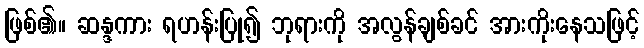
ဖြစ်၏။ ဆန္ဒကား ရဟန်းပြု၍ ဘုရားကို အလွန်ချစ်ခင် အားကိုးနေသဖြင့်